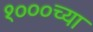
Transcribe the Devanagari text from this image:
१०००च्या